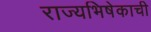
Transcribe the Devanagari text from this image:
राज्यभिषेकाची